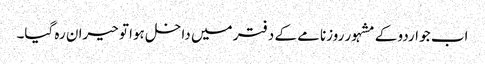
اب جو اردو کے مشہور روزنامے کے دفتر میں داخل ہوا تو حیران رہ گیا۔